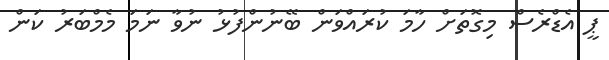
ޕީ އެޑްރެސް މިގޮތަށް ހާމަ ކުރައްވަން ބޭނުންފުޅު ނުވާ ނަމަ މެމްބަރު ކަން